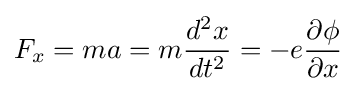
F_{x}=ma=m{\frac {d^{2}x}{dt^{2}}}=-e{\frac {\partial \phi }{\partial x}}